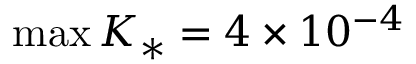
\operatorname* { m a x } { K _ { * } } = 4 \times 1 0 ^ { - 4 }